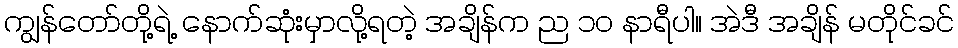
ကျွန်တော်တို့ရဲ့ နောက်ဆုံးမှာလို့ရတဲ့ အချိန်က ည ၁၀ နာရီပါ။ အဲဒီ အချိန် မတိုင်ခင်